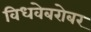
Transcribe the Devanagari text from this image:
विधवेबरोबर